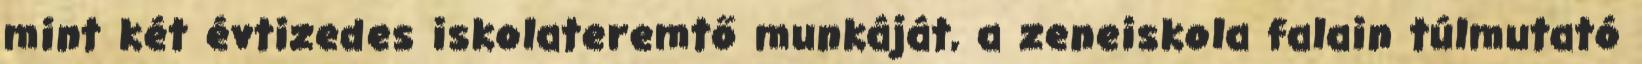
mint két évtizedes iskolateremtő munkáját, a zeneiskola falain túlmutató